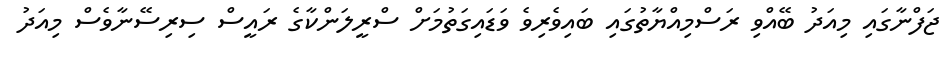
ޖަފްނާގައި މިއަދު ބޭއްވި ރަސްމިއްޔާތުގައި ބައިވެރިވެ ވަޑައިގަތުމަށް ސްރީލަންކާގެ ރައީސް ސިރިސޭނާވެސް މިއަދު